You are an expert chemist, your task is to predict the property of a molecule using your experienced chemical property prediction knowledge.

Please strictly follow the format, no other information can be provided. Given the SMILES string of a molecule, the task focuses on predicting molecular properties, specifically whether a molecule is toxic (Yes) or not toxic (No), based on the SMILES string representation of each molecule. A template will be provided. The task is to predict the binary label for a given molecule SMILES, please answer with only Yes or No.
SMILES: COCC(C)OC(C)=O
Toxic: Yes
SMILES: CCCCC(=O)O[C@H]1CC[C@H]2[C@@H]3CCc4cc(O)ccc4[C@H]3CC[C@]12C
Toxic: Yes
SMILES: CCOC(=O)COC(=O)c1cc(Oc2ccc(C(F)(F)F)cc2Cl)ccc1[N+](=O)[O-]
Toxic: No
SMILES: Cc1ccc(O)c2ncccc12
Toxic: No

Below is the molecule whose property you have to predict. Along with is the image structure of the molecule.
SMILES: FC(F)(F)C(=NOCC1OCCO1)c1ccc(Cl)cc1
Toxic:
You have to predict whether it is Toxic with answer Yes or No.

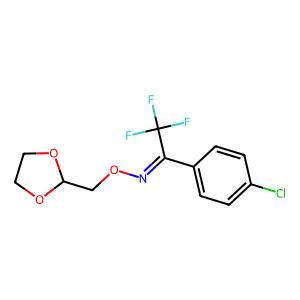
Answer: No